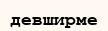
девширме